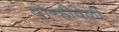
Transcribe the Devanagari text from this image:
दोन्हीवेळी